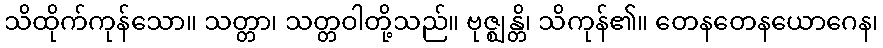
သိထိုက်ကုန်သော။ သတ္တာ၊ သတ္တဝါတို့သည်။ ဗုဇ္ဈန္တိ၊ သိကုန်၏။ တေနတေနယောဂေန၊